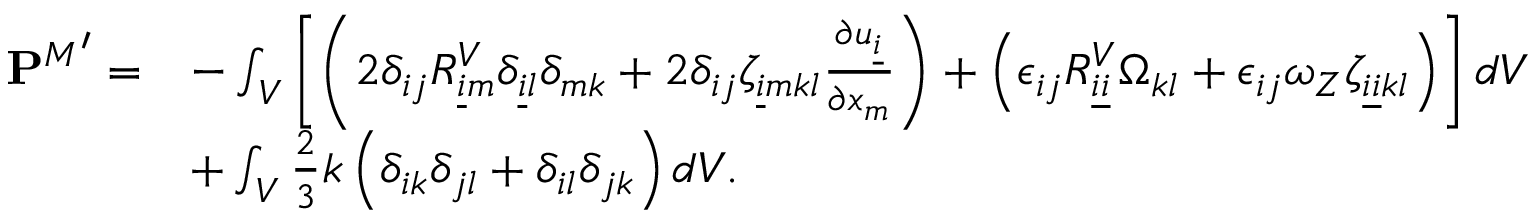
\begin{array} { r l } { { \mathbf { P } ^ { M } } ^ { \prime } = } & { - \int _ { V } \left[ \left( 2 \delta _ { i j } R _ { \underline { { i } } m } ^ { V } \delta _ { \underline { { i } } l } \delta _ { m k } + 2 \delta _ { i j } \zeta _ { \underline { { i } } m k l } \frac { \partial u _ { \underline { { i } } } } { \partial x _ { m } } \right) + \left( \epsilon _ { i j } R _ { \underline { { i } } \underline { { i } } } ^ { V } \Omega _ { k l } + \epsilon _ { i j } \omega _ { Z } \zeta _ { \underline { { i } } \underline { { i } } k l } \right) \right] d V } \\ & { + \int _ { V } \frac { 2 } { 3 } k \left( \delta _ { i k } \delta _ { j l } + \delta _ { i l } \delta _ { j k } \right) d V . } \end{array}